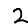
Digit: 2